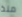
منذ